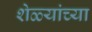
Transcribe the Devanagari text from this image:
शेळ्यांच्या